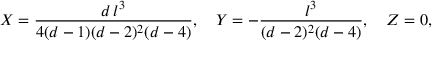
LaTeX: X = { \frac { d \, l ^ { 3 } } { 4 ( d - 1 ) ( d - 2 ) ^ { 2 } ( d - 4 ) } } , \quad Y = - { \frac { l ^ { 3 } } { ( d - 2 ) ^ { 2 } ( d - 4 ) } } , \quad Z = 0 ,